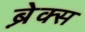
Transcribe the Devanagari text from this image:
ब्रे़क्स